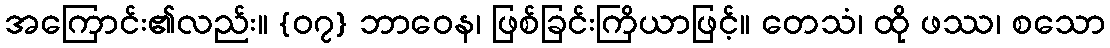
အကြောင်း၏လည်း။ {၀၇} ဘာဝေန၊ ဖြစ်ခြင်းကြိယာဖြင့်။ တေသံ၊ ထို ဖဿ၊ စသော